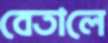
বেতালে